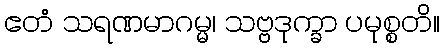
ဧတံ သရဏမာဂမ္မ၊ သဗ္ဗဒုက္ခာ ပမုစ္စတိ။